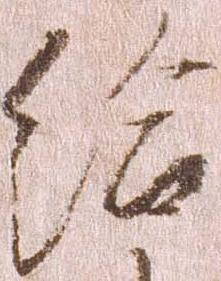
給